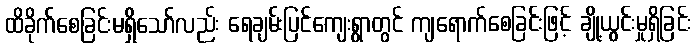
ထိခိုက်စေခြင်းမရှိသော်လည်း ရေချမ်းပြင်ကျေးရွာတွင် ကျရောက်စေခြင်းဖြင့် ချို့ယွင်းမှုရှိခြင်း